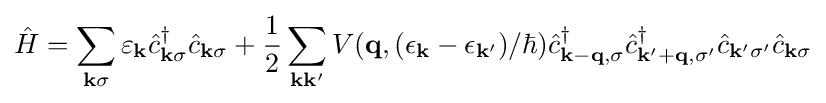
{\hat {H}}=\sum _{\mathbf {k} \sigma }\varepsilon _{\mathbf {k} }{\hat {c}}_{\mathbf {k} \sigma }^{\dagger }{\hat {c}}_{\mathbf {k} \sigma }+{\frac {1}{2}}\sum _{\mathbf {k} \mathbf {k} '}V(\mathbf {q} ,(\epsilon _{\mathbf {k} }-\epsilon _{\mathbf {k} '})/\hbar ){\hat {c}}_{\mathbf {k} -\mathbf {q} ,\sigma }^{\dagger }{\hat {c}}_{\mathbf {k} '+\mathbf {q} ,\sigma '}^{\dagger }{\hat {c}}_{\mathbf {k} '\sigma '}{\hat {c}}_{\mathbf {k} \sigma }